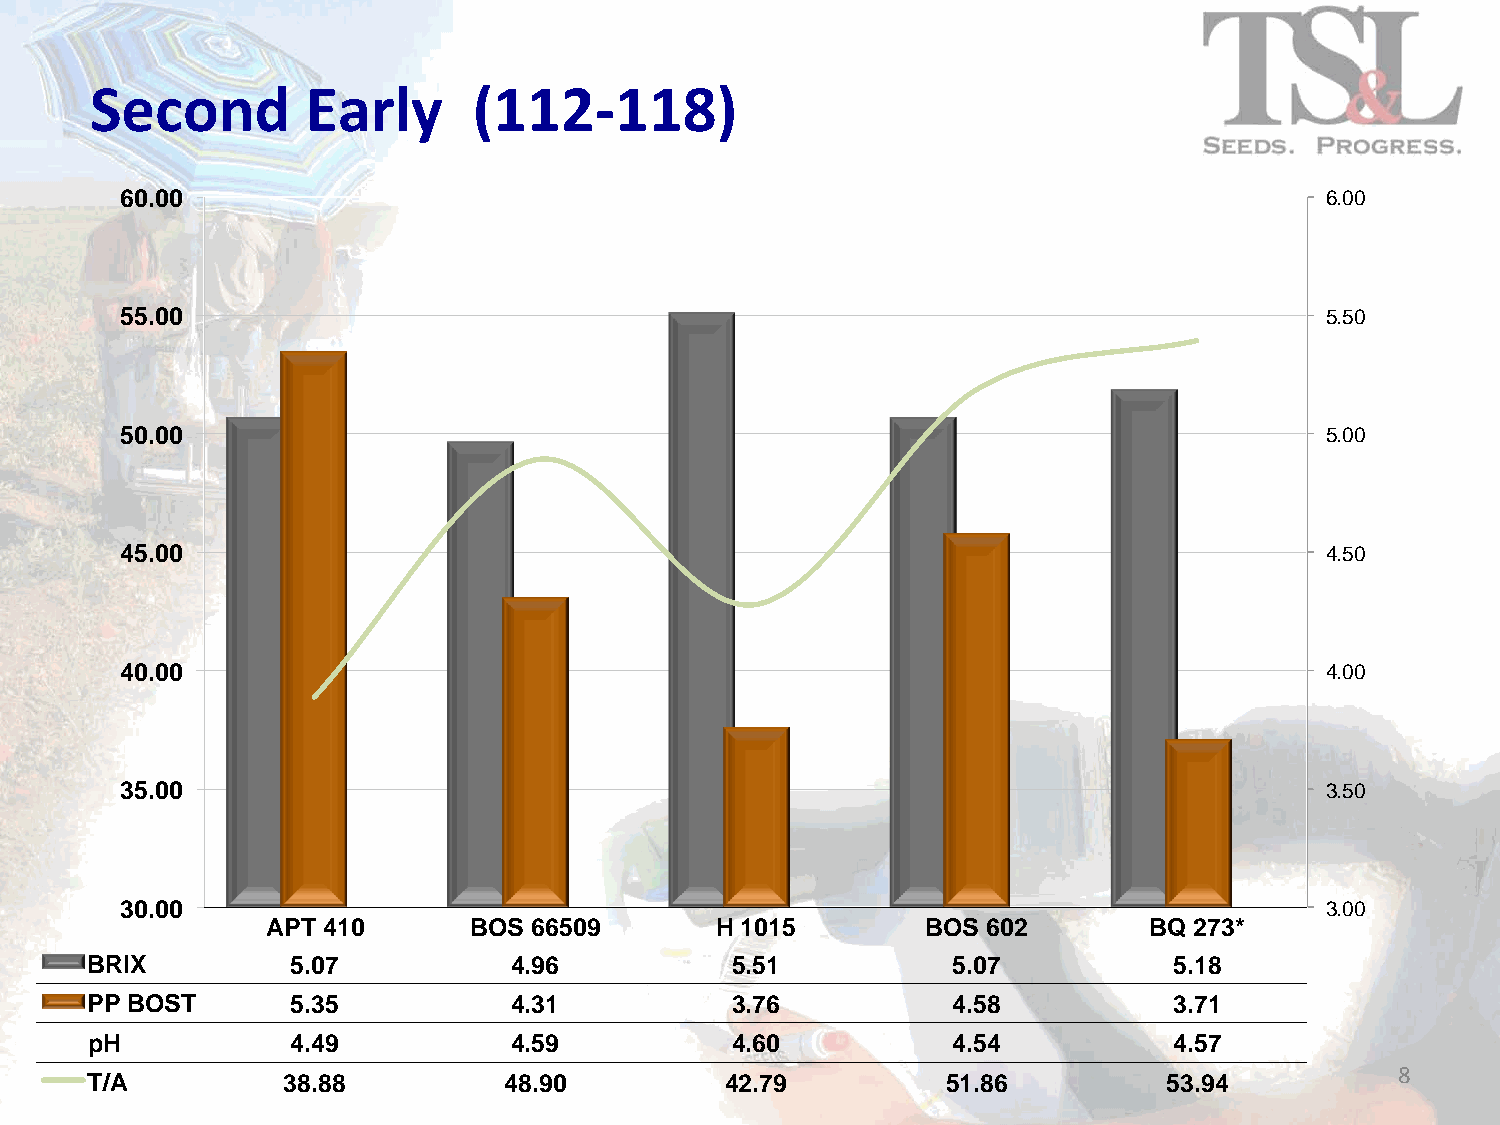
Second        Early      (112-­‐118)
 60.00                                                                           6.00
 55.00                                                                           5.50
 50.00                                                                           5.00
 45.00                                                                           4.50
 40.00                                                                           4.00
 35.00                                                                           3.50
 30.00                                                                           3.00
 APT 410      BOS 66509       H 1015        BOS 602        BQ 273*
 BRIX         5.07           4.96          5.51           5.07           5.18
 PP BOST      5.35           4.31          3.76           4.58           3.71
 pH           4.49           4.59          4.60           4.54           4.57
 8
 T/A          38.88         48.90          42.79          51.86         53.94